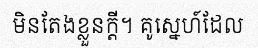
មិនតែងខ្លួនក្តី។ គូស្នេហ៍ដែល